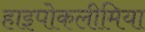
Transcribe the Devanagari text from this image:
हाइपोकलीमिया